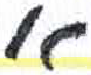
אות: א